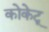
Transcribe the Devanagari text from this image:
कोकेटू